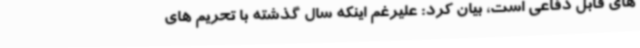
های قابل دفاعی است، بیان کرد: علیرغم اینکه سال گذشته با تحریم های